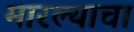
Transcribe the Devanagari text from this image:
मारल्याचा